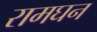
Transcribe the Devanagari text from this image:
रामघन